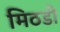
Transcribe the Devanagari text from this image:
मिठडी